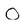
Character: O